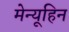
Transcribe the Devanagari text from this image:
मेन्यूहिन